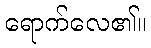
ရောက်လေ၏။